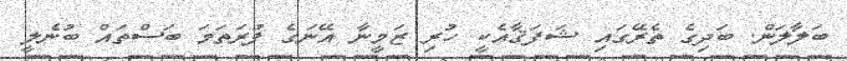
ބަލާލަން. ބަދިގެ ތެރޭގައި ޝަފަޤާއެކީ ހުރި ޒަމީނާ އޭނަގެ ފުރަތަމަ ބަސްތައް ބުނެލީ